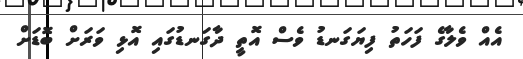
އެއް ވެލާގެ ފަހަތު ފިޔަގަނޑު ވެސް އޮތީ ދާގަނޑުގައި އޮޅި ވަރަށް ބޮޑަށް